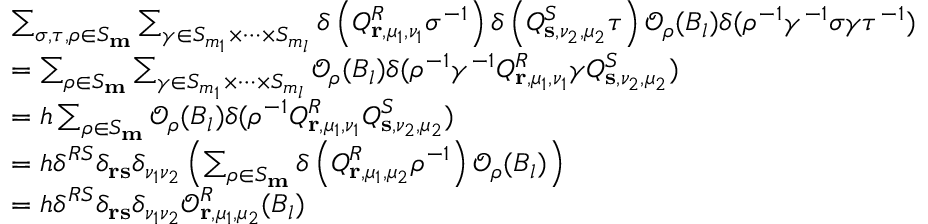
\begin{array} { r l } & { \sum _ { \sigma , \tau , \rho \in S _ { \mathbf { m } } } \sum _ { \gamma \in S _ { m _ { 1 } } \times \dots \times S _ { m _ { l } } } \delta \left( Q _ { \mathbf { r } , \mu _ { 1 } , \nu _ { 1 } } ^ { R } \sigma ^ { - 1 } \right) \delta \left( Q _ { \mathbf { s } , \nu _ { 2 } , \mu _ { 2 } } ^ { S } \tau \right) \mathcal { O } _ { \rho } ( B _ { l } ) \delta ( \rho ^ { - 1 } \gamma ^ { - 1 } \sigma \gamma \tau ^ { - 1 } ) } \\ { } & { = \sum _ { \rho \in S _ { \mathbf { m } } } \sum _ { \gamma \in S _ { m _ { 1 } } \times \dots \times S _ { m _ { l } } } \mathcal { O } _ { \rho } ( B _ { l } ) \delta ( \rho ^ { - 1 } \gamma ^ { - 1 } Q _ { \mathbf { r } , \mu _ { 1 } , \nu _ { 1 } } ^ { R } \gamma Q _ { \mathbf { s } , \nu _ { 2 } , \mu _ { 2 } } ^ { S } ) } \\ { } & { = h \sum _ { \rho \in S _ { \mathbf { m } } } \mathcal { O } _ { \rho } ( B _ { l } ) \delta ( \rho ^ { - 1 } Q _ { \mathbf { r } , \mu _ { 1 } , \nu _ { 1 } } ^ { R } Q _ { \mathbf { s } , \nu _ { 2 } , \mu _ { 2 } } ^ { S } ) } \\ & { = h \delta ^ { R S } \delta _ { \mathbf { r } \mathbf { s } } \delta _ { \nu _ { 1 } \nu _ { 2 } } \left( \sum _ { \rho \in S _ { \mathbf { m } } } \delta \left( Q _ { \mathbf { r } , \mu _ { 1 } , \mu _ { 2 } } ^ { R } \rho ^ { - 1 } \right) \mathcal { O } _ { \rho } ( B _ { l } ) \right) } \\ & { = h \delta ^ { R S } \delta _ { \mathbf { r } \mathbf { s } } \delta _ { \nu _ { 1 } \nu _ { 2 } } \mathcal { O } _ { \mathbf { r } , \mu _ { 1 } , \mu _ { 2 } } ^ { R } ( B _ { l } ) } \end{array}